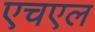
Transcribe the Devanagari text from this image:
एचएल